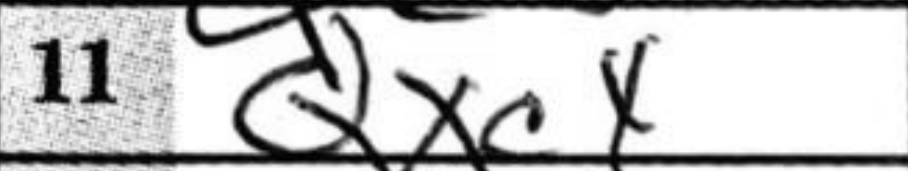
Transcription: Qxc4